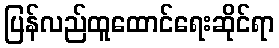
ပြန်လည်ထူထောင်ရေးဆိုင်ရာ